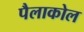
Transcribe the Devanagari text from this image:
पैलाकोल